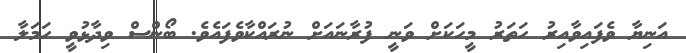
އަނިޔާ ވެފައިވާއިރު ހަތަރު މީހަކަށް ވަނީ ފުރާނައަށް ނުރައްކާވެފައެވެ. ބޯންސް ވިދާޅުވީ ހަމަލާ